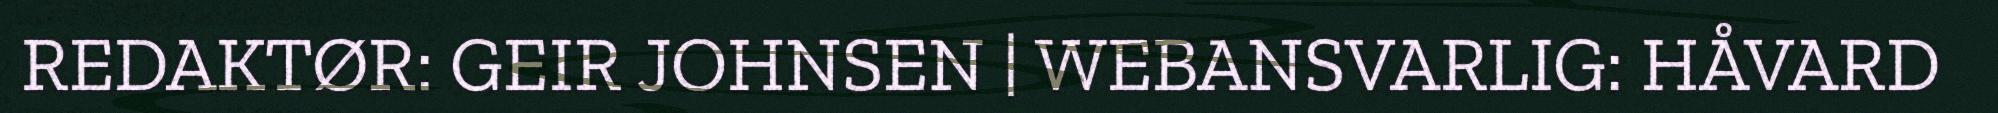
REDAKTØR: GEIR JOHNSEN | WEBANSVARLIG: HÅVARD